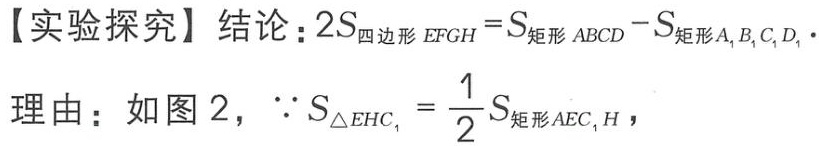
【实验探究】结论：\(2S_{四边形 EFGH}=S_{矩形 ABCD}-S_{矩形A_{1}B_{1}C_{1}D_{1}}\).
理由：如图 2，\(\because S_{\triangle EHC_{1}} = \frac{1}{2}S_{矩形AEC_{1}H}\)，